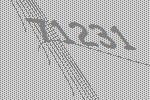
71231